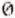
0